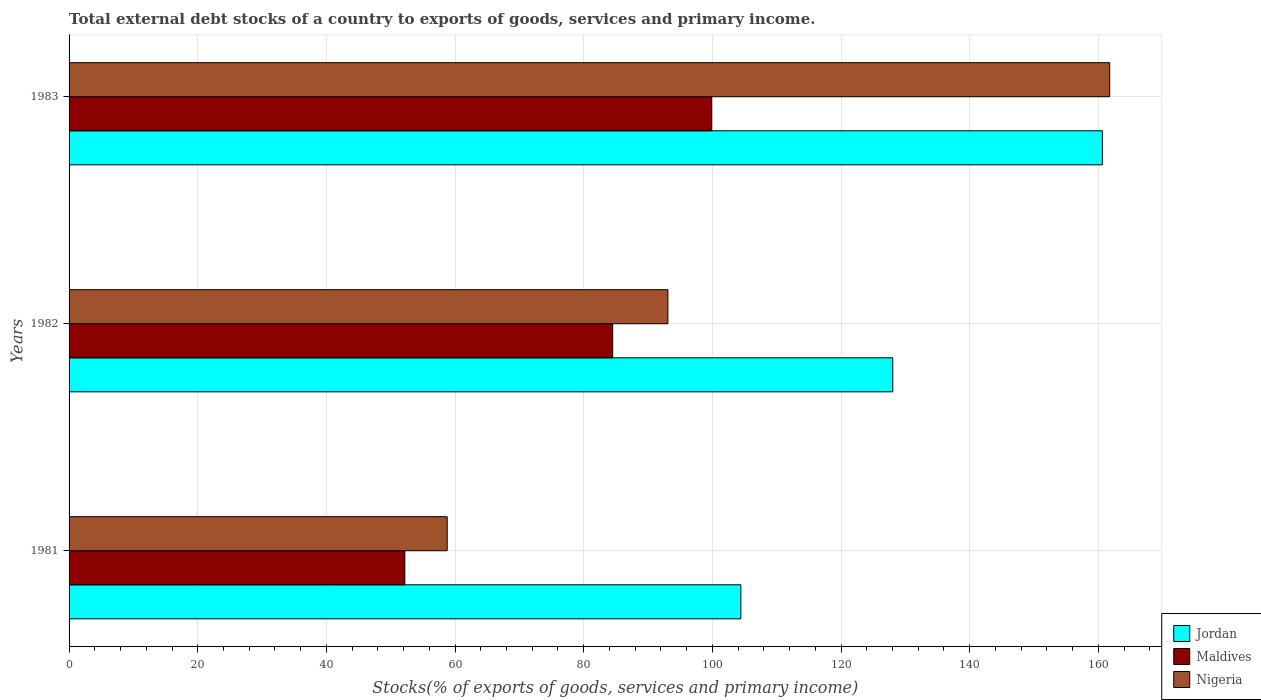
| Years | Jordan | Maldives | Nigeria |
 | --- | --- | --- | --- |
 | 1981 | 104 | 52.2 | 58.8 |
 | 1982 | 128 | 84.5 | 93.1 |
 | 1983 | 161 | 99.9 | 162 |